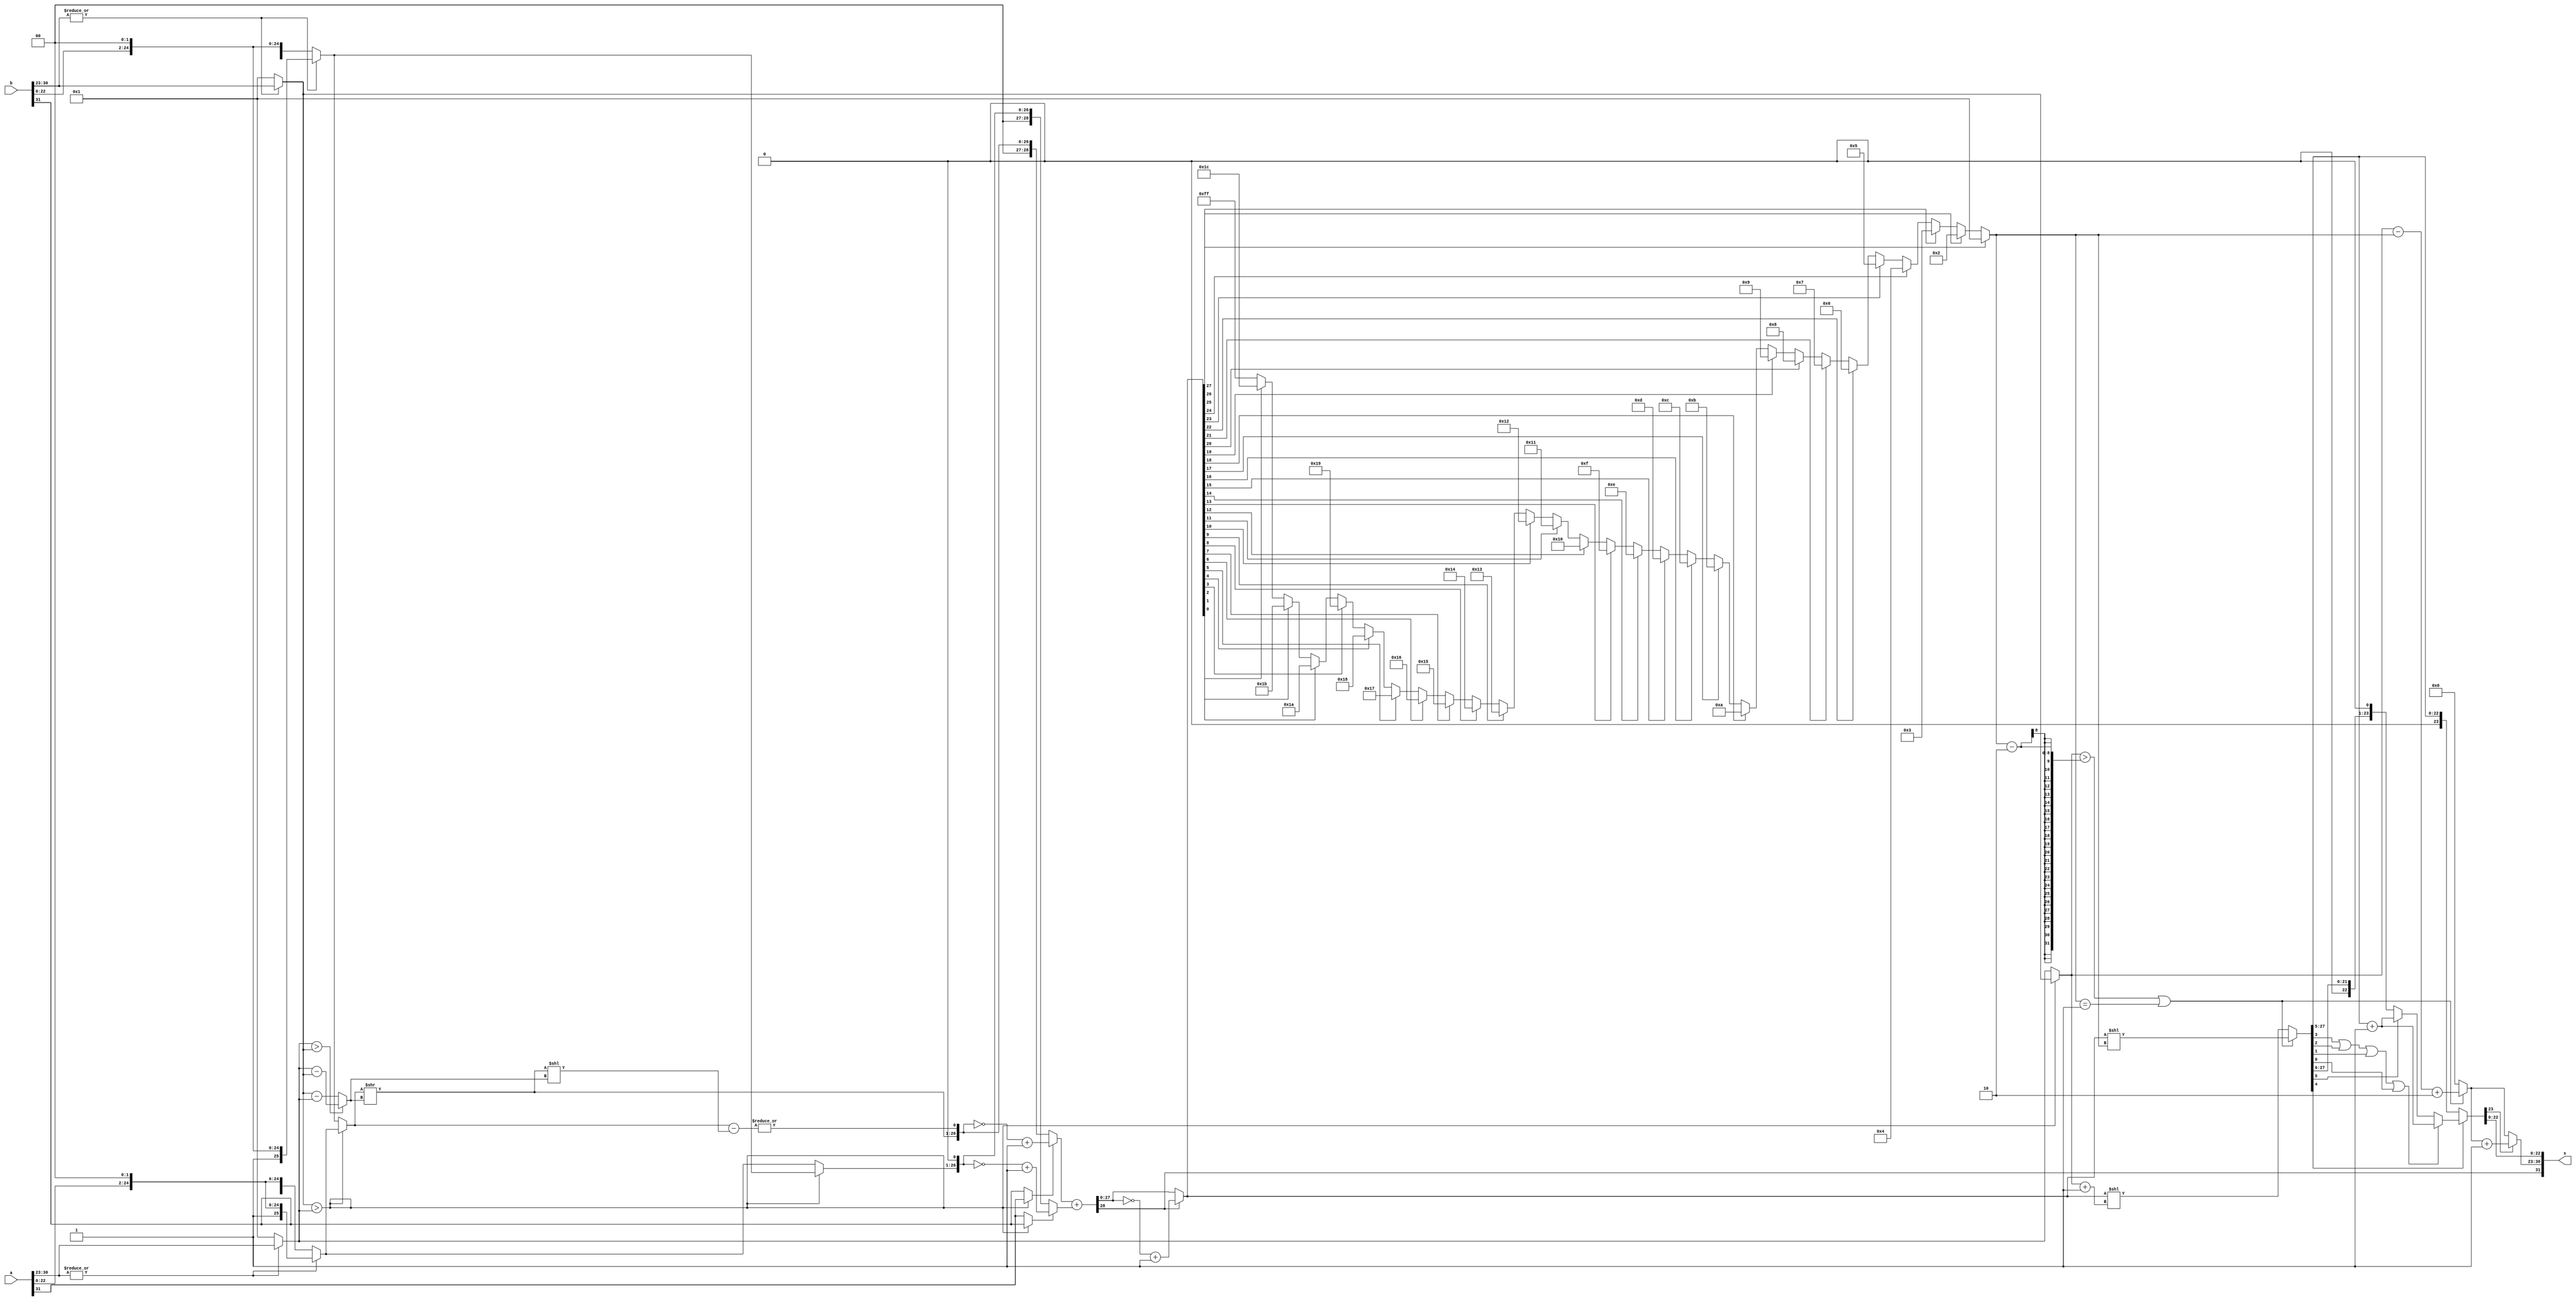
module fp_adder(
	input [31:0] a,b,
	output [31:0] s
	);
//..................................
wire [22:0] fra_a , fra_b;                // for fraction part
wire [7:0] exp_a, exp_b, exp_a1 , exp_b1; // for exponent part
wire sign_a , sign_b;                     // for sign

assign fra_a = a[22:0];
assign fra_b = b[22:0];
assign exp_a = a[30:23];
assign exp_b = b[30:23];
assign sign_a = a[31];
assign sign_b = b[31];
//..................................
wire [25:0] unpacked_a, unpacked_b; // fraction with hidden bit and GR

assign unpacked_a = |exp_a ? {1'b1,fra_a,2'b00} : {1'b0,fra_a,2'b00};
assign unpacked_b = |exp_b ? {1'b1,fra_b,2'b00} : {1'b0,fra_b,2'b00};
assign exp_a1 = |exp_a ? exp_a : 8'b00000001;
assign exp_b1 = |exp_b ? exp_b : 8'b00000001;
//....................................
wire borrow;
wire [7:0] exp_diff; // abs value of exponents difference

assign exp_diff = (exp_a1 > exp_b1) ? exp_a1 - exp_b1 : exp_b1 - exp_a1;
assign borrow = (exp_b1 > exp_a1);
//.....................................
wire [25:0] X, Y;       // X is Smaller number and Y is Bigger one
wire sign_X , sign_Y;

assign X = borrow ? unpacked_a : unpacked_b;
assign sign_X = borrow ? sign_a : sign_b;
assign Y = borrow ? unpacked_b : unpacked_a;
assign sign_Y = borrow ? sign_b : sign_a;
//.......................................
wire [25:0] shifted_X1, shifted_X2; // tmp
wire [28:0] new_X, new_Y; 	    // X and Y with Sticky, one bit for overflow and finally one bit for sign ( 2's complement )
wire [28:0] adder_result;           // result of Big ALU
wire sticky;

assign shifted_X1 = X >> exp_diff;
assign shifted_X2 = shifted_X1 << exp_diff;
assign sticky = |(X - shifted_X2);
assign new_X = sign_X ? ~{2'b00,shifted_X1,sticky} + 1 : {2'b00,shifted_X1,sticky};
assign new_Y = sign_Y ? ~{2'b00 ,Y, 1'b0} + 1 : {2'b00 ,Y, 1'b0};
assign adder_result = new_X + new_Y;
//..........................................................................................
wire adder_result_sign ; // sign of result
wire [27:0] abs_val;     // abs of sum result

assign adder_result_sign = adder_result [28];
assign abs_val = adder_result_sign ? ~adder_result + 1 : adder_result[27:0];
//...........................................................................................
wire [7:0]nom; // first 1 position

assign nom =	 abs_val[27] ? 1
		: abs_val[26] ? 2
		: abs_val[25] ? 3
		: abs_val[24] ? 4
		: abs_val[23] ? 5
		: abs_val[22] ? 6
  		: abs_val[21] ? 7
		: abs_val[20] ? 8
		: abs_val[19] ? 9
		: abs_val[18] ? 10
		: abs_val[17] ? 11
		: abs_val[16] ? 12
		: abs_val[15] ? 13
		: abs_val[14] ? 14
		: abs_val[13] ? 15
		: abs_val[12] ? 16
		: abs_val[11] ? 17
		: abs_val[10] ? 18
		: abs_val[9] ? 19
		: abs_val[8] ? 20
		: abs_val[7] ? 21
		: abs_val[6] ? 22
		: abs_val[5] ? 23
		: abs_val[4] ? 24
		: abs_val[3] ? 25
		: abs_val[2] ? 26
		: abs_val[1] ? 27
		: abs_val[0] ? 28
		: 8'b11111111;

//.......................................................................
wire [27:0] shifted_abs_val; // shifted value based on bigger number exponent and first 1 in fraction
wire [7:0] exponent; 	     // exponent of bigger number ( we could even use Y_exponent )
wire [7:0] new_exponent;

assign exponent = borrow ? exp_b1: exp_a1;
assign shifted_abs_val = ( exponent > (nom-2) || nom==1) ? abs_val << nom : abs_val << exponent + 1;
assign new_exponent = ( exponent > (nom-2) || nom==1 ) ?  exponent - nom + 2 : 8'b00000000;
//.......................................................................
wire [23:0] rounded , tmp;  // tmp
wire [22:0] f_rounded;      // final fraction
wire [7:0] f_exp;	    // final exponent

assign tmp = {1'b0,shifted_abs_val[27:5]};
assign rounded = shifted_abs_val[4] ? (shifted_abs_val[3] | shifted_abs_val[2] | shifted_abs_val[1] | shifted_abs_val[0]) ? tmp+1 : shifted_abs_val[5] ? tmp+1 : tmp : tmp ;
assign f_rounded = rounded[22:0];
assign f_exp = rounded[23] ? new_exponent + 1 : new_exponent;
assign s = {adder_result_sign , f_exp , f_rounded};

endmodule